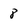
Character: 8